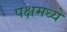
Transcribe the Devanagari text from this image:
पक्षमध्ये